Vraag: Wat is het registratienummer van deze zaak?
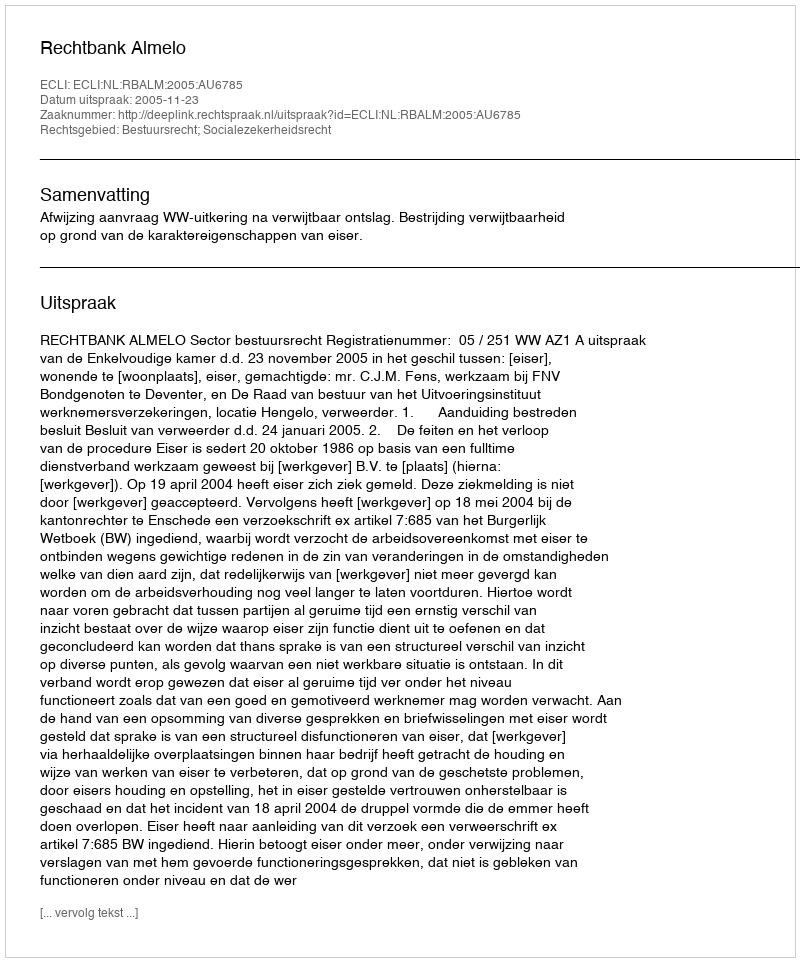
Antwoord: http://deeplink.rechtspraak.nl/uitspraak?id=ECLI:NL:RBALM:2005:AU6785